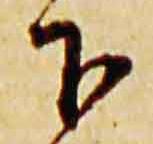
下